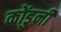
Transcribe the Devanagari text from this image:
कोंडुनी